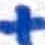
Text: +